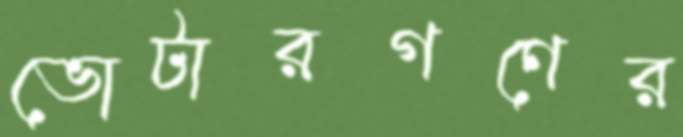
ভোটারগণের